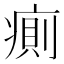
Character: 𰣷